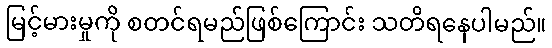
မြင့်မားမှုကို စတင်ရမည်ဖြစ်ကြောင်း သတိရနေပါမည်။